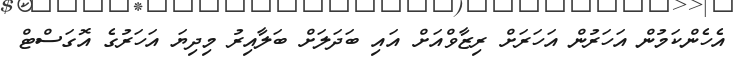
އެހެންކަމުން އަހަރުން އަހަރަށް ރިޒާވްއަށް އައި ބަދަލަށް ބަލާއިރު މިދިޔަ އަހަރުގެ އޮގަސްޓް